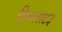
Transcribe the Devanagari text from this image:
हिमलाट३